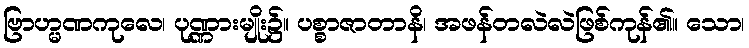
ဗြာဟ္မဏကုလေ၊ ပုဏ္ဏားမျိုး၌။ ပစ္စာဇာတာနိ၊ အဖန်တလဲလဲဖြစ်ကုန်၏။ သော၊